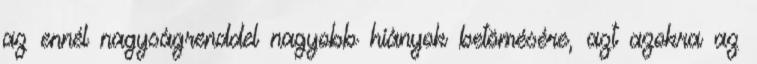
az ennél nagyságrenddel nagyobb hiányok betömésére, azt azokra az